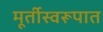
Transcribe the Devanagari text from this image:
मूर्तीस्वरूपात